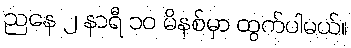
ညနေ ၂ နာရီ ၁၀ မိနစ်မှာ ထွက်ပါမယ်။